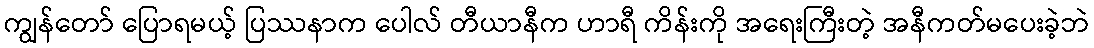
ကျွန်တော် ပြောရမယ့် ပြဿနာက ပေါလ် တီယာနီက ဟာရီ ကိန်းကို အရေးကြီးတဲ့ အနီကတ်မပေးခဲ့ဘဲ